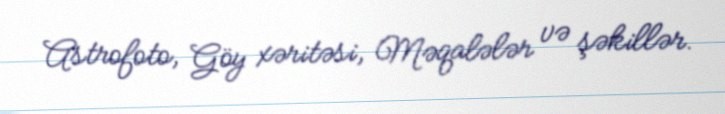
Astrofoto, Göy xəritəsi, Məqalələr və şəkillər.